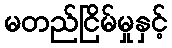
မတည်ငြိမ်မှုနှင့်